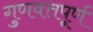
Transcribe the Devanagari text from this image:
गुणवत्तपूर्ण